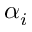
\alpha _ { i }